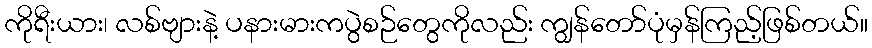
ကိုရီးယား၊ လစ်ဗျားနဲ့ ပနားမားကပွဲစဉ်တွေကိုလည်း ကျွန်တော်ပုံမှန်ကြည့်ဖြစ်တယ်။